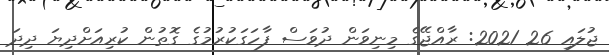
ޖުލައި 26 2021: ރާއްޖޭގެ މިނިވަން ދުވަސް ފާހަގަކުރުމުގެ ގޮތުން ކުރިއަށްދިޔަ ދިދަ